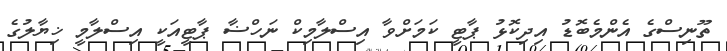
ތޫނިސްގެ އެންމެބޮޑު އިދިކޮޅު ޕާޓީ ކަމަށްވާ އިސްލާމިކް ނަހްޟާ ޕާޓީއަކީ އިސްލާމީ ޚިޔާލުގެ